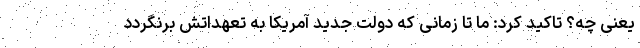
یعنی چه؟ تاکید کرد: ما تا زمانی که دولت جدید آمریکا به تعهداتش برنگردد